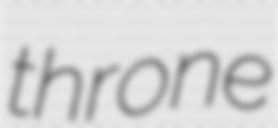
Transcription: throne